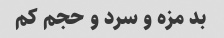
بد مزه و سرد و حجم کم